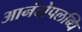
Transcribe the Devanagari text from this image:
आनंदोपलब्धि